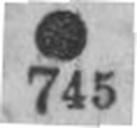
745